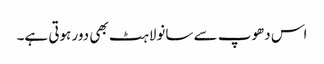
اس دھوپ سے سانولاہٹ بھی دور ہوتی ہے۔